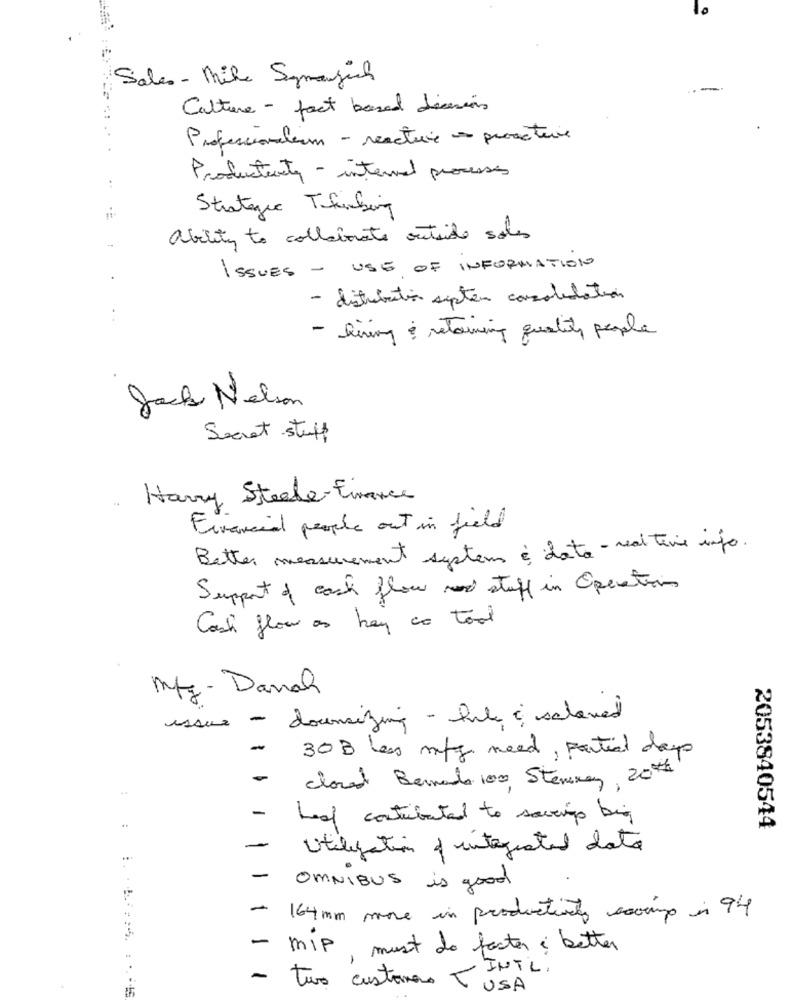
Sales - Mike Symansich
Culture - fact based dimensions
Professionalism - reacture a proactive
Productenty - internal processes
Strategie Thinking
ability to collaborate outside sales
ISSUES - USE OF INFORMATION
- distribution system consolidation
- living & retaining quality people
Jack Nelson
Secret stuff
Harry Steele Finance
Financial people out in field
Better measurement system à data - real time info.
Support of cash flow stuff in Operation
Cash flow as hay ao tool
Mtg - Danach
issue - downsizing - file & saleved
-
30 B less mfg need , partial days
-
cloud Berak 100, Steveray, 20th
-
Leaf contributed to soucis big
2053840544
-
Utilization of integrated data
-
OMNIBUS is good
-
164mm mne in productivity scrump in 94
-
MIP must do factor , better
-
two customers -INTL.
USA